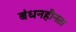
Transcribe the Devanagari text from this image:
बंधनहीनता